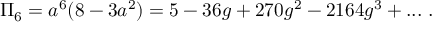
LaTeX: \Pi _ { 6 } = a ^ { 6 } ( 8 - 3 a ^ { 2 } ) = 5 - 3 6 g + 2 7 0 g ^ { 2 } - 2 1 6 4 g ^ { 3 } + . . . ~ .